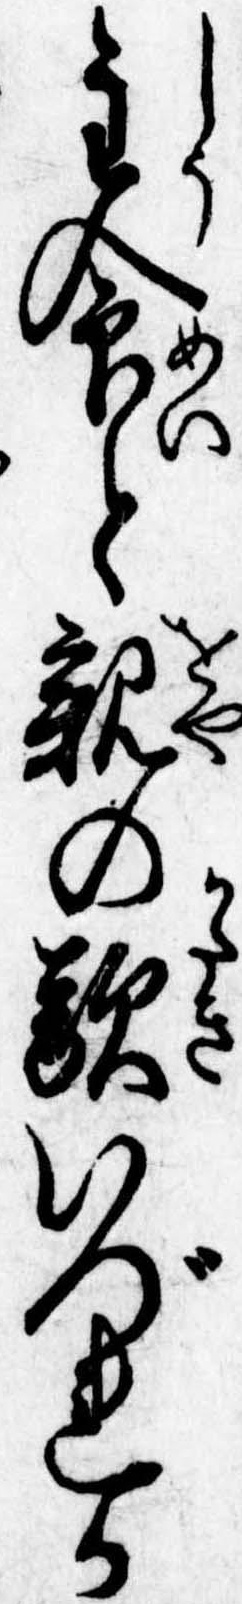
主命と親の敵いづれか